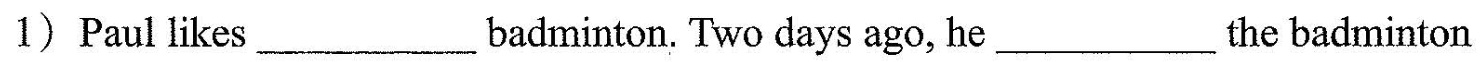
1) Paul likes ___ badminton. Two days ago, he ___ the badminton